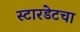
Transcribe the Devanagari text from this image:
स्टारडेटचा